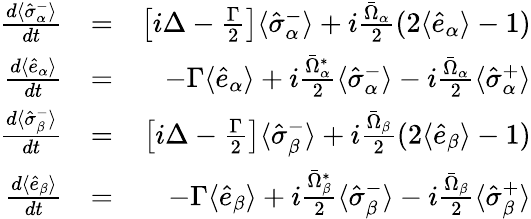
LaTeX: \begin{array}{rlr}{\frac{d\langle\hat{\sigma}_{\alpha}^{-}\rangle}{dt}}&{=}&{\left[i\Delta-\frac{\Gamma}{2}\right]\langle\hat{\sigma}_{\alpha}^{-}\rangle+i\frac{\bar{\Omega}_{\alpha}}{2}(2\langle\hat{e}_{\alpha}\rangle-1)}\\ {\frac{d\langle\hat{e}_{\alpha}\rangle}{dt}}&{=}&{-\Gamma\langle\hat{e}_{\alpha}\rangle+i\frac{\bar{\Omega}_{\alpha}^{*}}{2}\langle\hat{\sigma}_{\alpha}^{-}\rangle-i\frac{\bar{\Omega}_{\alpha}}{2}\langle\hat{\sigma}_{\alpha}^{+}\rangle}\\ {\frac{d\langle\hat{\sigma}_{\beta}^{-}\rangle}{dt}}&{=}&{\left[i\Delta-\frac{\Gamma}{2}\right]\langle\hat{\sigma}_{\beta}^{-}\rangle+i\frac{\bar{\Omega}_{\beta}}{2}(2\langle\hat{e}_{\beta}\rangle-1)}\\ {\frac{d\langle\hat{e}_{\beta}\rangle}{dt}}&{=}&{-\Gamma\langle\hat{e}_{\beta}\rangle+i\frac{\bar{\Omega}_{\beta}^{*}}{2}\langle\hat{\sigma}_{\beta}^{-}\rangle-i\frac{\bar{\Omega}_{\beta}}{2}\langle\hat{\sigma}_{\beta}^{+}\rangle}\end{array}